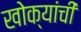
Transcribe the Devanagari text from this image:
खोक्यांची